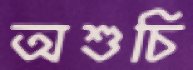
অশুচি